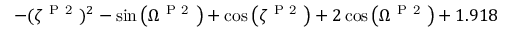
- ( \zeta ^ { \mathrm { ~ P ~ 2 ~ } } ) ^ { 2 } - \sin { \left( \Omega ^ { \mathrm { ~ P ~ 2 ~ } } \right) } + \cos { \left( \zeta ^ { \mathrm { ~ P ~ 2 ~ } } \right) } + 2 \cos { \left( \Omega ^ { \mathrm { ~ P ~ 2 ~ } } \right) } + 1 . 9 1 8